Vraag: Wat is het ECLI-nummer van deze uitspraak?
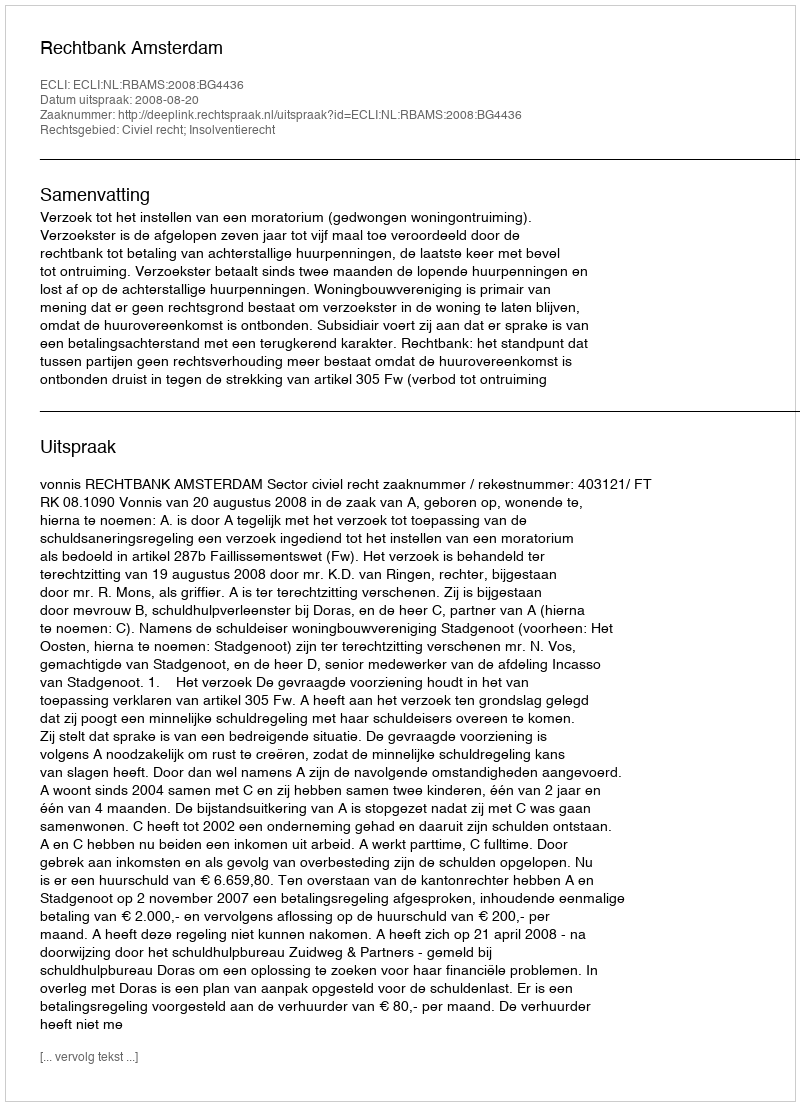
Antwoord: ECLI:NL:RBAMS:2008:BG4436